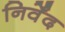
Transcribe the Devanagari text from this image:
निर्वेंद